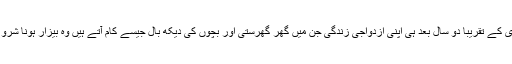
لیکن شادی کے تقریباً دو سال بعد ہی اپنی ازدواجی زندگی جن میں گھر گھرستی اور بچوں کی دیکھ بال جیسے کام آتے ہیں وہ بیزار ہونا شروع ہوگئیں۔